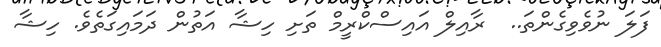
ފަލަ ނުވެވިގެންތަ..  ރާއިލް އައިސްކްރީމް ތަށި ހިޝާ އަތުން ދަމައިގަތެވެ. ހިޝާ